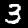
Label: 3